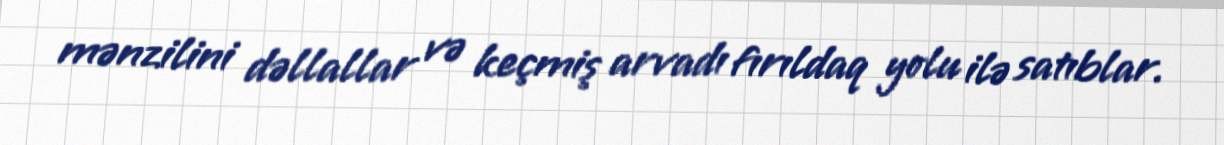
mənzilini dəllallar və keçmiş arvadı fırıldaq yolu ilə satıblar.